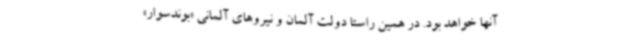
آنها خواهد بود. در همین راستا دولت آلمان و نیروهای آلمانی «بوندسوار»